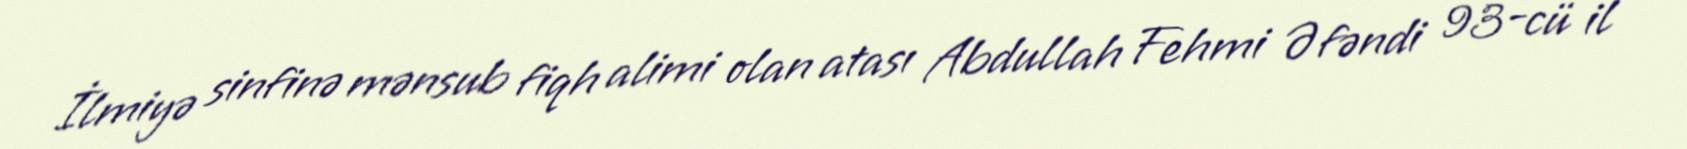
İlmiyə sinfinə mənsub fiqh alimi olan atası Abdullah Fehmi Əfəndi 93-cü il